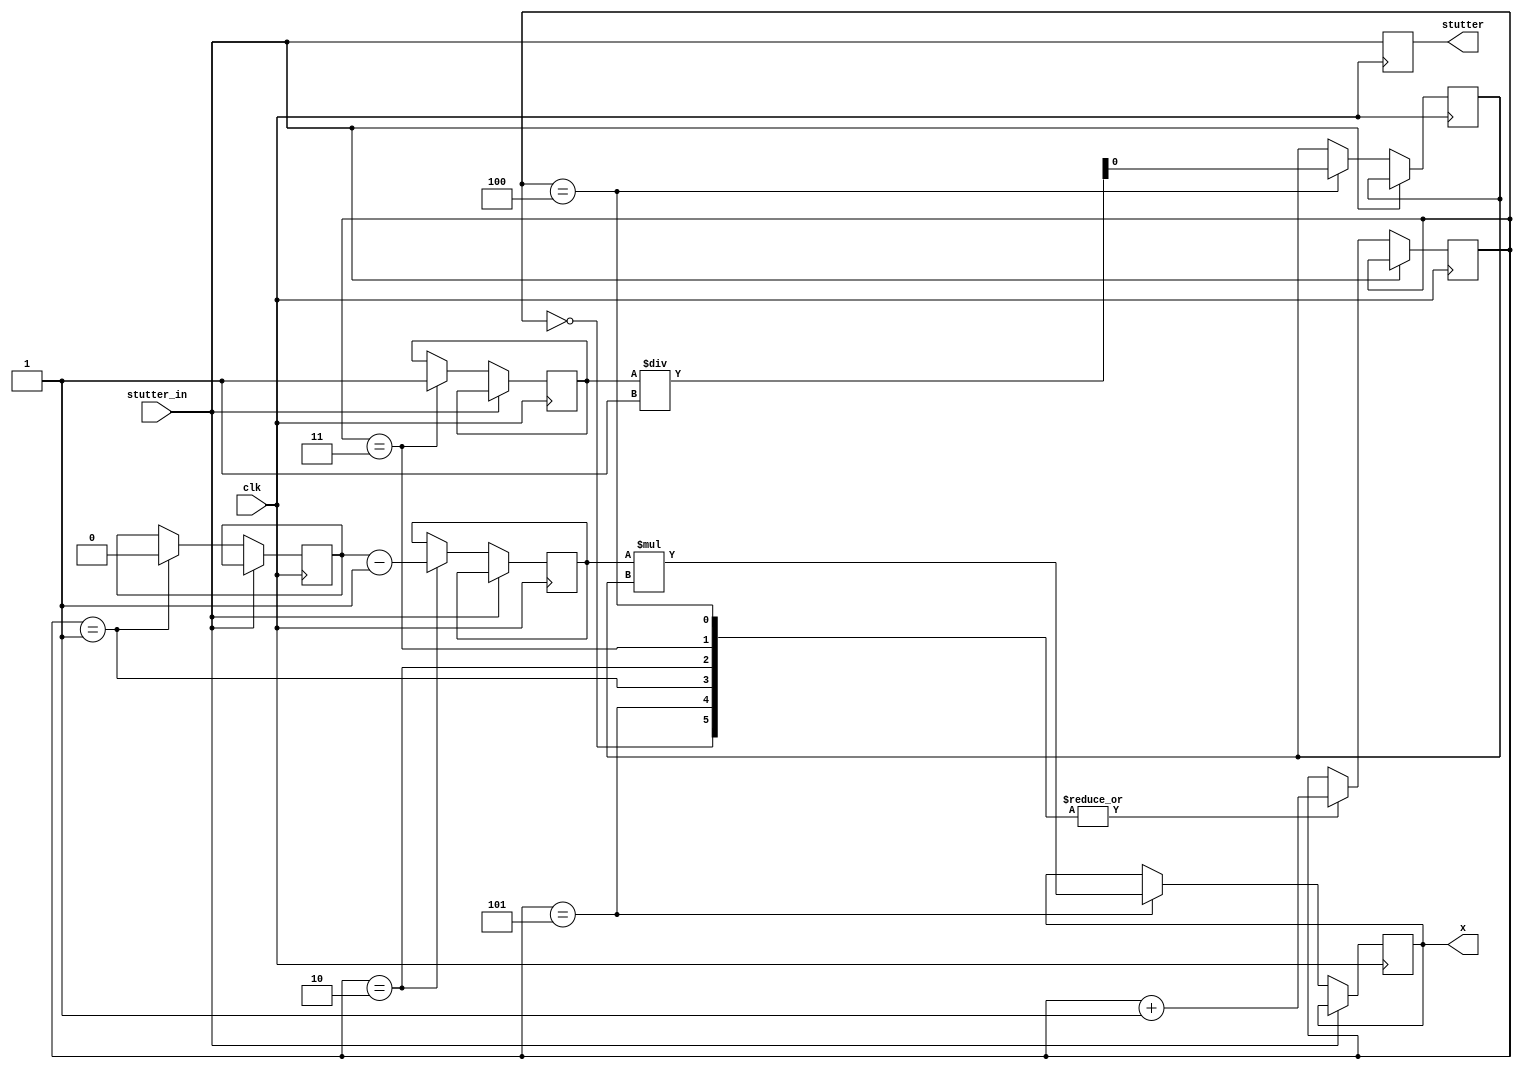
module TARGET_CODEBLOCK(
    input clk,
    input stutter_in,

    output reg x, stutter
);

    reg [2:0] computation_step;
    reg t0;
    reg t1;
    reg t2; 
    reg t3;

    initial begin
        computation_step <= 0;
        t0 <= 0;
        t1 <= 0;
        t2 <= 0;
        t3 <= 0;
        x <= 0;
        stutter <= 0;
    end

    always @(posedge clk) begin
        stutter <= stutter_in;
        if (!stutter_in) begin
            case (computation_step)
                0:
                begin
                    computation_step <= computation_step + 1;
                end
                1:
                begin
                    t0 <= 2 * 1;
                    computation_step <= computation_step + 1;
                end
                2:
                begin
                    t1 <= t0 - 1;
                    computation_step <= computation_step + 1;
                end
                3:
                begin
                    t2 <= 1 * 1;
                    computation_step <= computation_step + 1;
                end
                4:
                begin
                    t3 <= t2 / 1;
                    computation_step <= computation_step + 1;
                end
                5:
                begin
                    x <= t1 * t3;
                    computation_step <= computation_step + 1;
                end
                6:
                begin
                    
                end
            endcase
        end
    end

endmodule